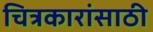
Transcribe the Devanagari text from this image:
चित्रकारांसाठी